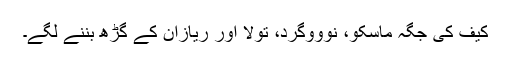
کیف کی جگہ ماسکو، نوووگرد، تولا اور ریازان کے گڑھ بننے لگے۔